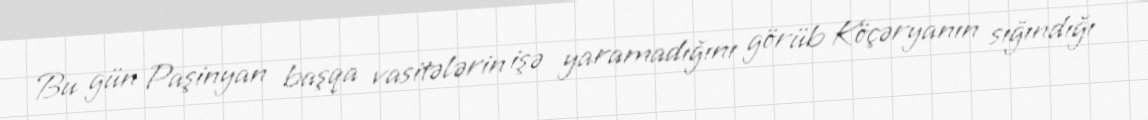
Bu gün Paşinyan başqa vasitələrin işə yaramadığını görüb Köçəryanın sığındığı